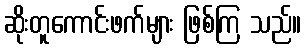
ဆိုးတူကောင်းဖက်များ ဖြစ်ကြ သည်။